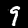
Digit: 9